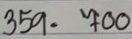
359 = 700